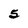
Character: 5